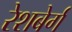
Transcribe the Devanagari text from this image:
रेशबेर्ग